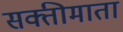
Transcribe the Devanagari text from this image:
सक्तीमाता